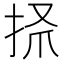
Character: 𢫺